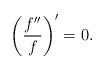
LaTeX: \begin{align*}\left( \frac{f^{\prime \prime }}{f}\right) ^{\prime }=0. \end{align*}